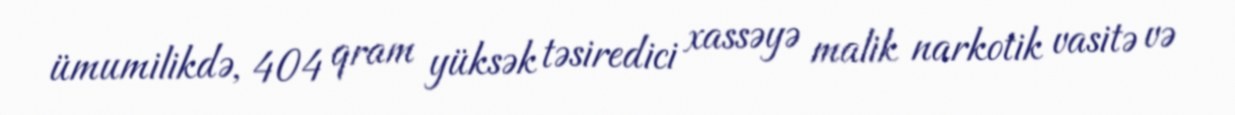
ümumilikdə, 404 qram yüksək təsiredici xassəyə malik narkotik vasitə və